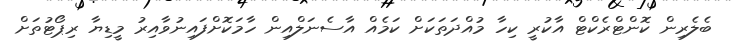
ބެލެރިން ކޮންޓްރެކްޓް އާކުރީ ކިހާ މުއްދަތަކަށް ކަމެއް އާސެނަލްއިން ހާމަކޮށްފައިނުވާއިރު މީޑިޔާ ރިޕޯޓުތަށް